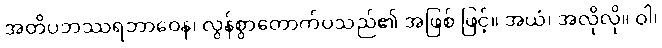
အတိပဘဿရဘာဝေန၊ လွန်စွာတောက်ပသည်၏ အဖြစ် ဖြင့်။ အယံ၊ အလိုလို။ ဝါ၊